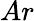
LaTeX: Ar